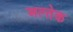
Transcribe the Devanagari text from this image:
अल्तेक